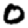
Digit: 0